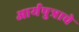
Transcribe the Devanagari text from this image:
आर्यपुत्राचे